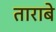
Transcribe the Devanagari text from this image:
ताराबे